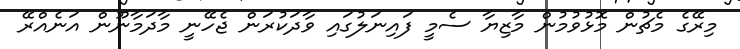
މިރޭގެ މެޗުން މޮޅުވުމުން މާޒިޔާ ސެމީ ފައިނަލުގައި ވާދަކުރަން ޖެހޭނީ މާދަމާނޫން އަނެއްރޭ